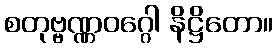
စတုဗ္ဗဏ္ဏဝဂ္ဂေါ နိဋ္ဌိတော။